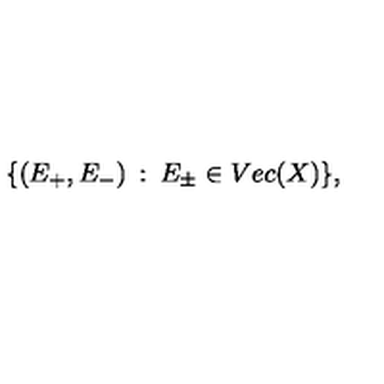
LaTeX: \{ ( E _ { + } , E _ { - } ) \: : \: E _ { \pm } \in V e c ( X ) \} ,